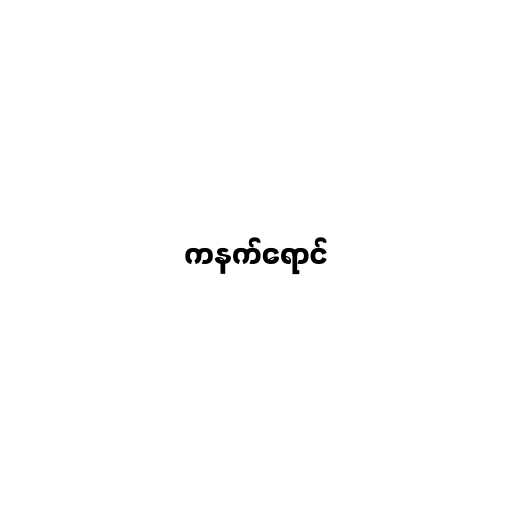
ကနက်ရောင်